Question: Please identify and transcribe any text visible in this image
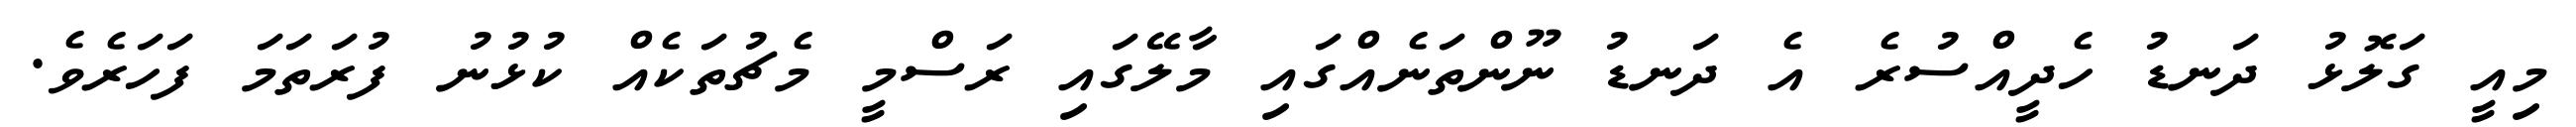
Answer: މިއީ ގަލޮޅު ދަނޑު ހެދީއްސުރެ އެ ދަނޑު ނޫންތަނެއްގައި މާލޭގައި ރަސްމީ މެޗުތަކެއް ކުޅުނު ފުރަތަމަ ފަހަރެވެ.